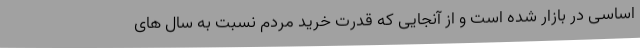
اساسی در بازار شده است و از آنجایی که قدرت خرید مردم نسبت به سال های